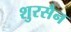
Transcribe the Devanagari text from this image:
शुरसैन